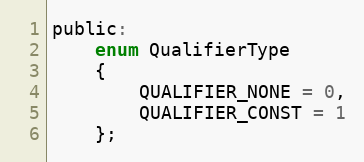
Language: C
public:
	enum QualifierType
	{
		QUALIFIER_NONE = 0,
		QUALIFIER_CONST = 1
	};